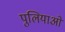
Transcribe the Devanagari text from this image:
पुलियाओं